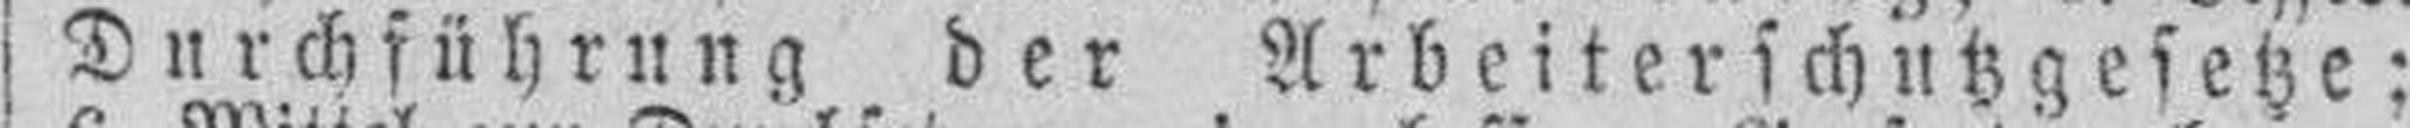
Durchführung der Arbeiterschutzgesetze;